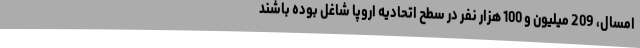
امسال، 209 میلیون و 100 هزار نفر در سطح اتحادیه اروپا شاغل بوده باشند